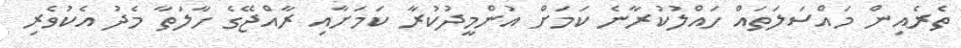
ތެރެއިން މައްސަލަތައް ހައްލުކުރާނެ ކަމަށް އުންމީދުކުރާ ކަމަށާއި ރާއްޖޭގެ ހާލަތާ މެދު އެކުވެރި